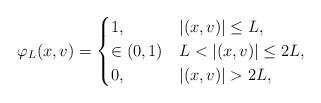
LaTeX: \begin{align*}\varphi_L(x, v) =\begin{cases}1, & |(x, v)| \leq L, \\\in (0, 1) & L <|(x,v)|\leq 2L, \\0, & |(x, v)| > 2L,\end{cases}\end{align*}